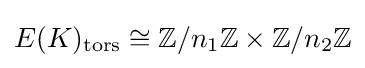
E(K)_{\text{tors}}\cong \mathbb {Z} /n_{1}\mathbb {Z} \times \mathbb {Z} /n_{2}\mathbb {Z}